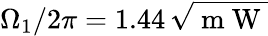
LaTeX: \Omega_{1}/2\pi=1.44\, \sqrt{\mathrm{~m~W~}}